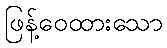
ဖြန့်ဝေထားသော